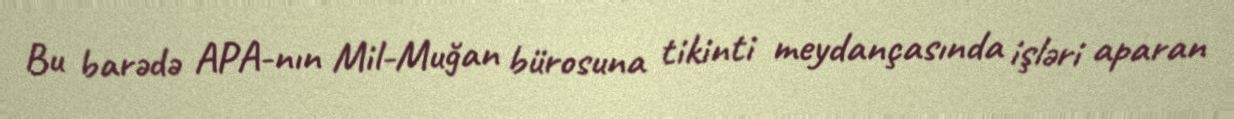
Bu barədə APA-nın Mil-Muğan bürosuna tikinti meydançasında işləri aparan